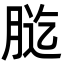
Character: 𦛰